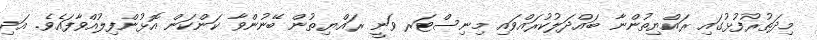
މިދަތުރުފުޅުގައި ރައްޔިތުންނާ ބައްދަލުކުރައްވައި މިނިސްޓަރ ވަނީ ރައްޔިތުން ބޭނުންވާ ކަންކަން އޮޅުންފިލުއްވާފައެވެ. އަދި